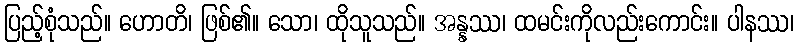
ပြည့်စုံသည်။ ဟောတိ၊ ဖြစ်၏။ သော၊ ထိုသူသည်။ အန္နဿ၊ ထမင်းကိုလည်းကောင်း။ ပါနဿ၊